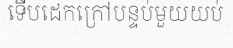
ទើបដេកក្រៅបន្ទប់មួយយប់